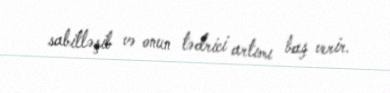
sabitləşib və onun tədrici artımı baş verir.